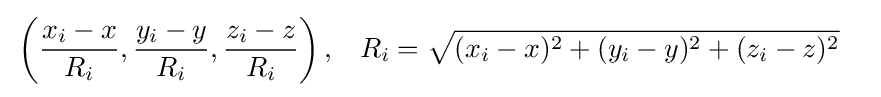
{\begin{aligned}&\left({\frac {x_{i}-x}{R_{i}}},{\frac {y_{i}-y}{R_{i}}},{\frac {z_{i}-z}{R_{i}}}\right),&R_{i}&={\sqrt {(x_{i}-x)^{2}+(y_{i}-y)^{2}+(z_{i}-z)^{2}}}\end{aligned}}